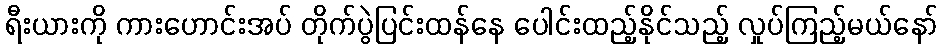
ရီးယားကို ကားဟောင်းအပ် တိုက်ပွဲပြင်းထန်နေ ပေါင်းထည့်နိုင်သည့် လှုပ်ကြည့်မယ်နော်